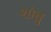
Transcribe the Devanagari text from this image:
शांतु